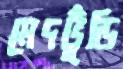
মেদভুঁড়ি